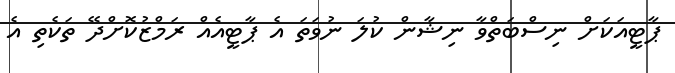
ޕާޓީއަކަށް ނިސްބަތްވާ ނިޝާން ކުލަ ނުވަތަ އެ ޕާޓީއެއް ރަމްޒުކޮށްދޭ ތަކެތި އެ